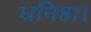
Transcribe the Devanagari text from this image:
धनिष्ठा।